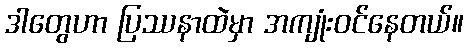
ဒါတွေဟာ ပြဿနာထဲမှာ အကျုံးဝင်နေတယ်။